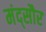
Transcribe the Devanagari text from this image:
मंद्सौर